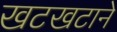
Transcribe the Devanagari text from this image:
खटखटाने